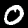
Label: 0